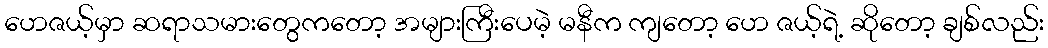
ဟေဇယ့်မှာ ဆရာသမားတွေကတော့ အများကြီးပေမဲ့ မနီက ကျတော့ ဟေ ဇယ့်ရဲ့ ဆိုတော့ ချစ်လည်း